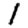
Digit: 1